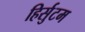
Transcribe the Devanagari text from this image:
हिर्सुटम